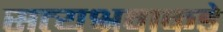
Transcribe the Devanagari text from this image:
सत्यश्रवाकडे